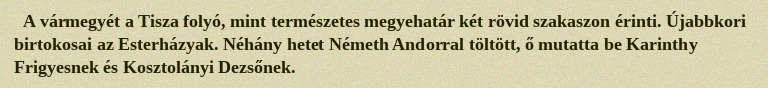
A vármegyét a Tisza folyó, mint természetes megyehatár két rövid szakaszon érinti. Újabbkori birtokosai az Esterházyak. Néhány hetet Németh Andorral töltött, ő mutatta be Karinthy Frigyesnek és Kosztolányi Dezsőnek.